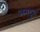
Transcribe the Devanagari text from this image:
अमदुरा